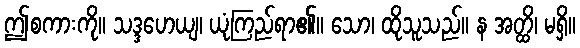
ဤစကားကို။ သဒ္ဒဟေယျ၊ ယုံကြည်ရာ၏။ သော၊ ထိုသူသည်။ န အတ္ထိ၊ မရှိ။